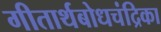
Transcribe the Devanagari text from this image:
गीतार्थबोधचंद्रिका